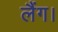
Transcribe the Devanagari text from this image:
लैंग।